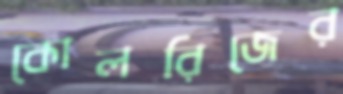
কোলরিজের